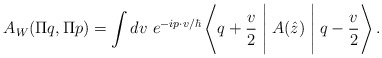
\begin{align*}A_W(\Pi q,\Pi p)=\int dv~e^{-ip \cdot v/\hbar} \left \langle q+\frac{v}{2} \Biggm |A(\hat z) \Biggm| q-\frac{v}{2} \right \rangle.\end{align*}